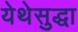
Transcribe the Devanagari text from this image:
येथेसुद्धा